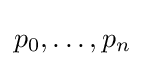
p_{0},\ldots ,p_{n}